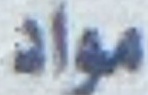
مواد